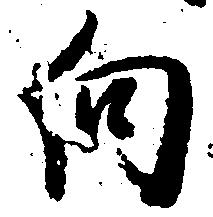
向